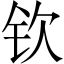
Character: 钦